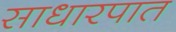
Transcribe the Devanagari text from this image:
साधारपात